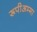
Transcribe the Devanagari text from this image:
रूपीअम्मा